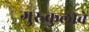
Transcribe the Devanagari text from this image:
गुरुकुलाचे